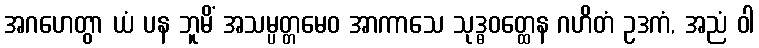
အဂဟေတွာ ယံ ပန ဘူမိံ အသမ္ပတ္တမေဝ အာကာသေ သုဒ္ဓဝတ္ထေန ဂဟိတံ ဥဒကံ, အညံ ဝါ